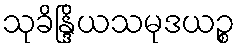
သုခိန္ဒြိယသမုဒယဉ္စ